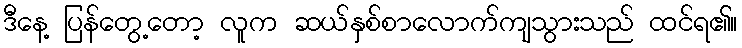
ဒီနေ့ ပြန်တွေ့တော့ လူက ဆယ်နှစ်စာလောက်ကျသွားသည် ထင်ရ၏။